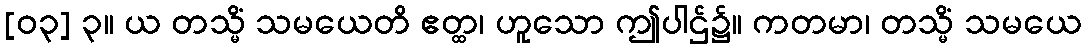
[၀၃] ၃။ ယ တသ္မိံ သမယေတိ ဧတ္ထ၊ ဟူသော ဤပါဌ်၌။ ကတမာ၊ တသ္မိံ သမယေ